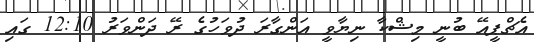
އެޗްޕީއޭ ބުނީ މިޝްކާ ނިޔާވީ އަންގާރަ ދުވަހުގެ ރޭ ދަންވަރު 12:10 ގައި